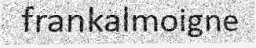
frankalmoigne